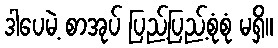
ဒါပေမဲ့ စာအုပ် ပြည့်ပြည့်စုံစုံ မရှိ။